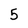
Character: 5